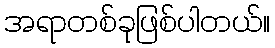
အရာတစ်ခုဖြစ်ပါတယ်။